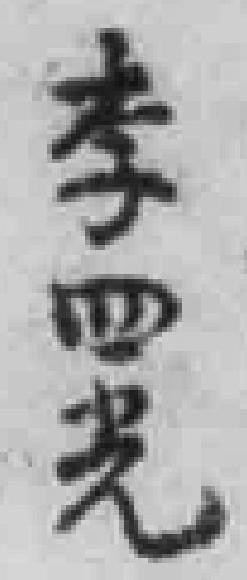
李四光